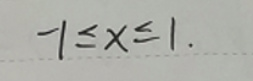
\(-1\leq x\leq1\)